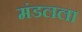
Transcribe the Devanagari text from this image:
मंडलला